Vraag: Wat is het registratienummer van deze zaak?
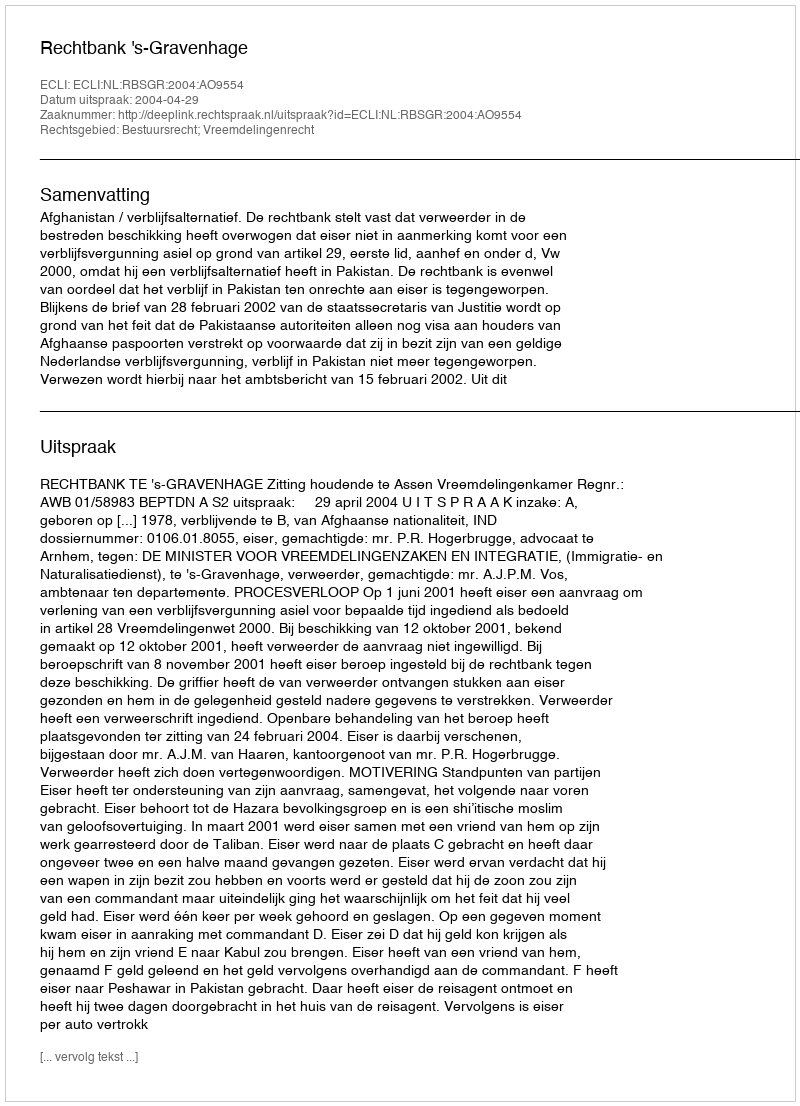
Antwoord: http://deeplink.rechtspraak.nl/uitspraak?id=ECLI:NL:RBSGR:2004:AO9554